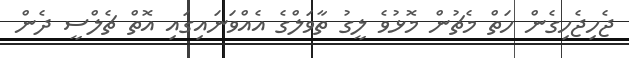
ޖެހިޖެހިގެން ހަތް މެޗުން މޮޅުވެ ލީގު ތާވަލްގެ އެއްވަނައިގައި އޮތް ޗެލްސީ ދެން